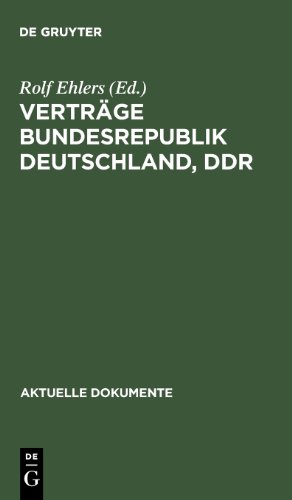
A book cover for Vertrage Bundesrepublik Deutschland, Ddr (Aktuelle Dokumente) (German Edition); Germany; Law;